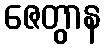
ဇေတွာန